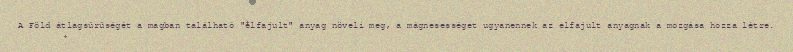
A Föld átlagsűrűségét a magban található "elfajult" anyag növeli meg, a mágnesességet ugyanennek az elfajult anyagnak a mozgása hozza létre.